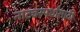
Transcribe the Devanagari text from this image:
नाट्यस्पर्धांसाठी